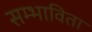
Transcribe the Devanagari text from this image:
सम्भाविता